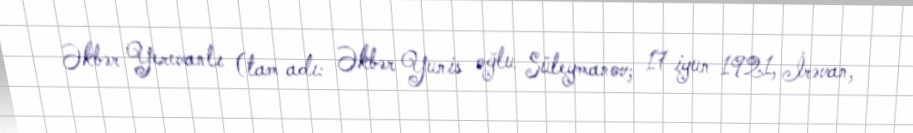
Əkbər Yerevanlı (tam adı: Əkbər Yunis oğlu Süleymanov; 17 iyun 1921, İrəvan,